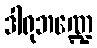
ဒါရုဘဏ္ဍေ